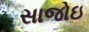
સાજોઇ